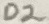
Text: D2